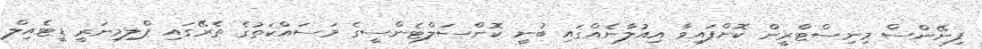
ފިނޭންސް މިނިސްޓްރީން ކޮށްފައިވާ އިއުލާނެއްގައި ބުނީ ކޮންސަލްޓެންސީގެ މަަސައްކަތުގެ ތެރޭގައި ޕްލިމިނަރީ ޑީޓެއިލް